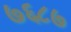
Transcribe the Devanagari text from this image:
७६८७